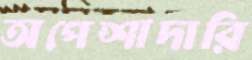
অপেশাদারি